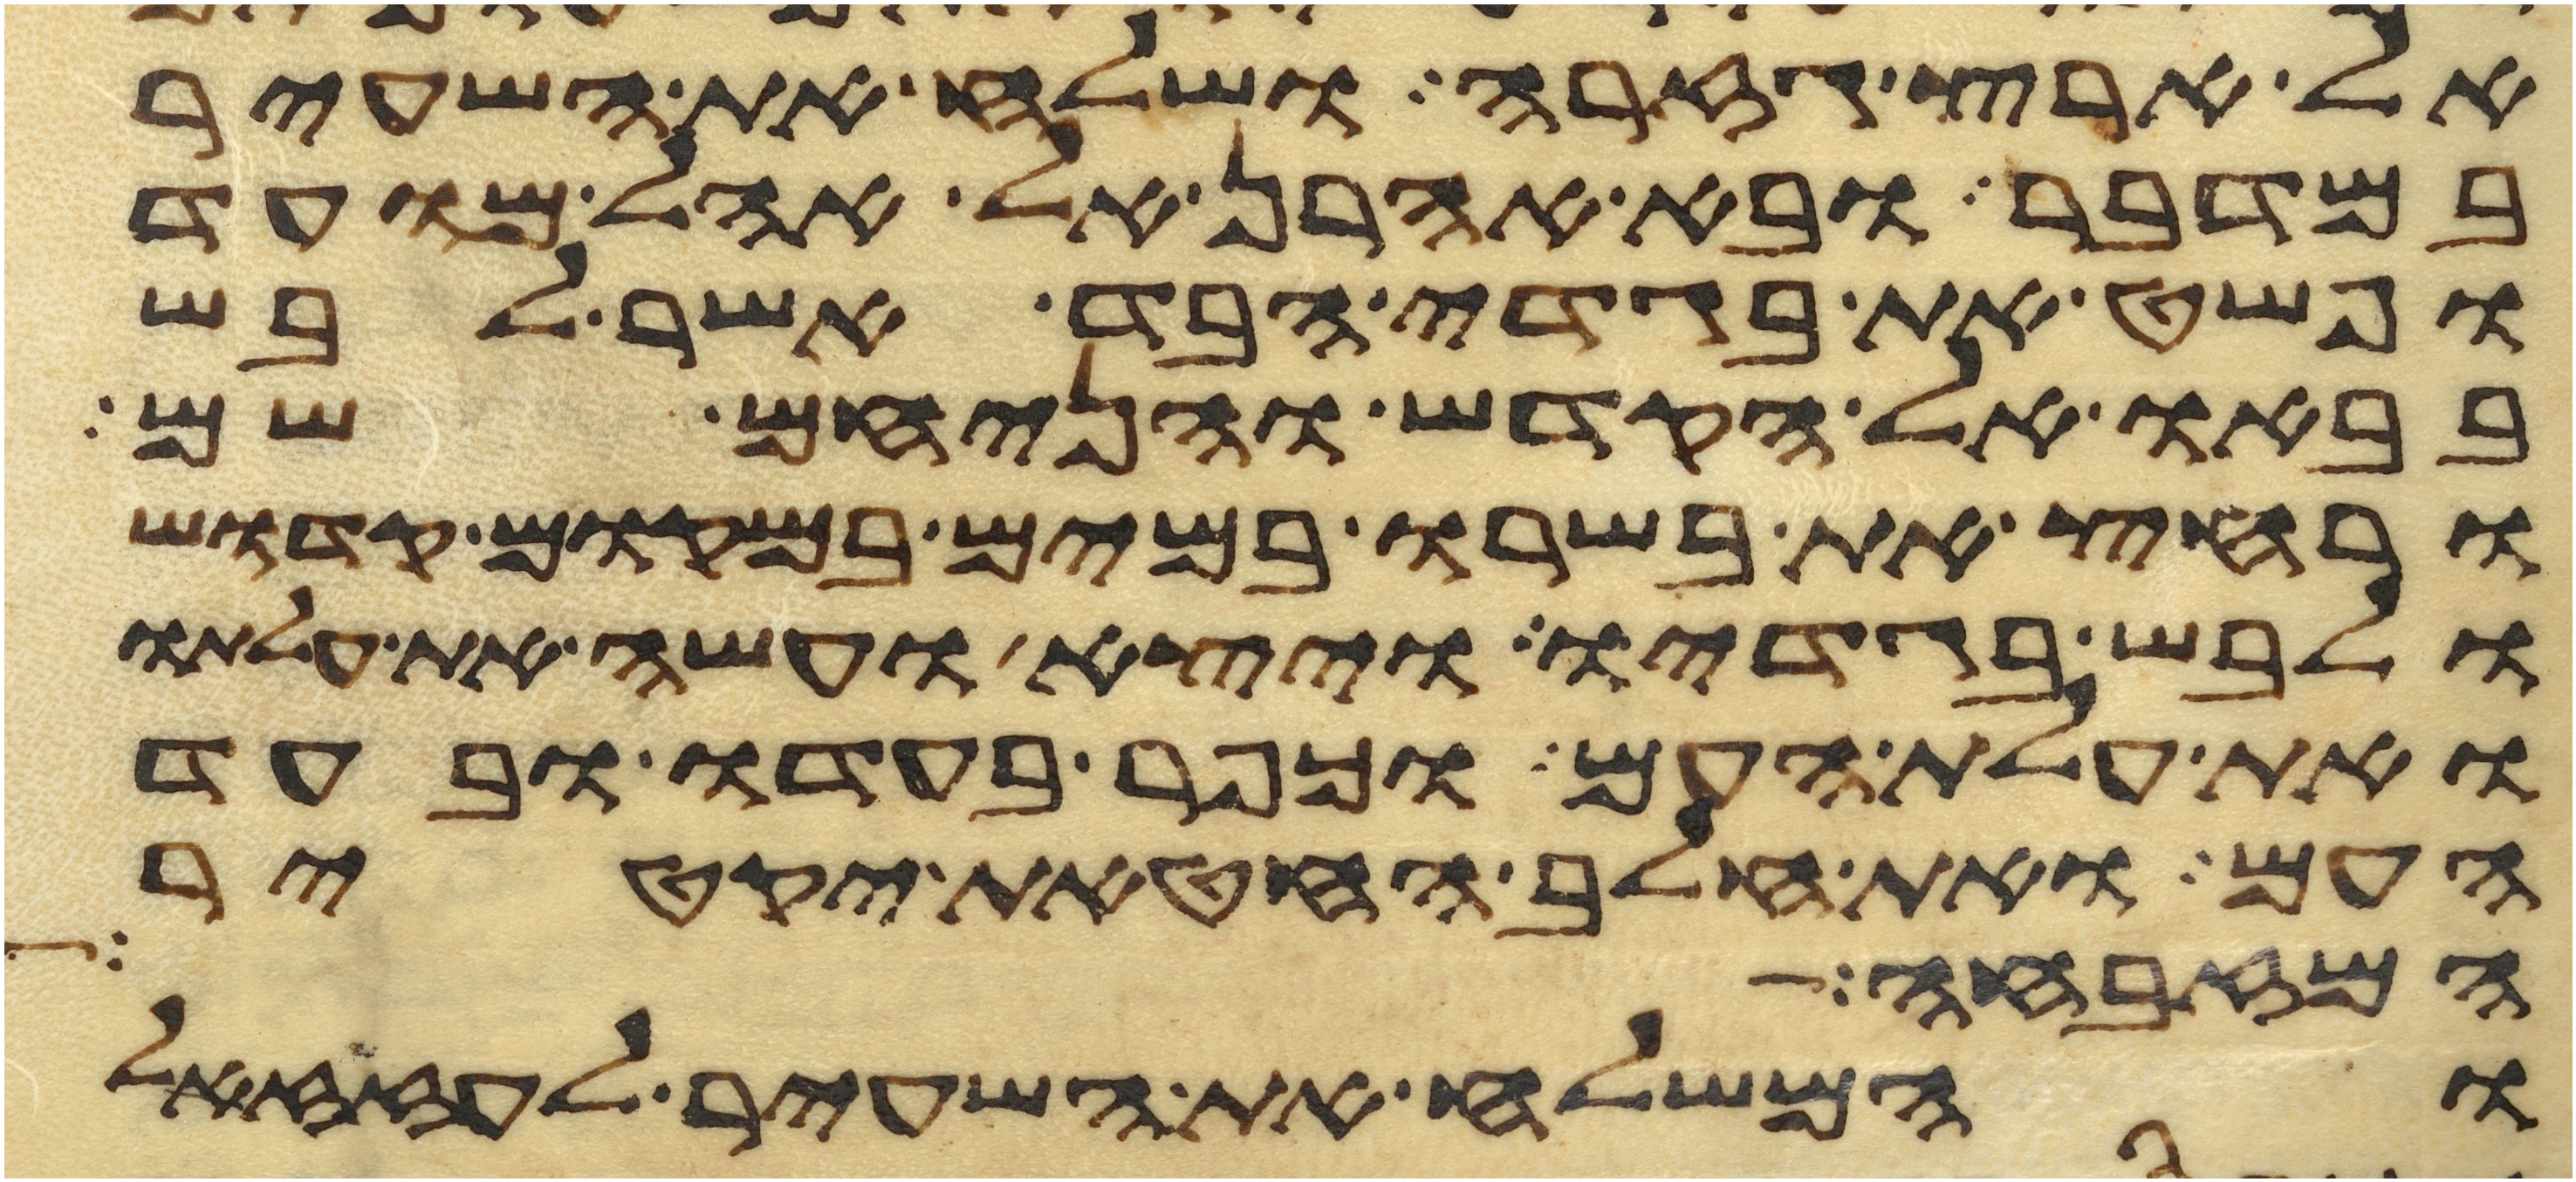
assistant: אל ארץ גזרה ושלח את השעיר
במדבר ובא אהרן אל אהל מועד
ופשט את בגדי הבד אשר לבש
בבאו אל הקדש והניחם שם
ורחץ את בשרו במים במקום קדוש
ולבש בגדיו ויצא ועשה את עלתו
ואת עלת העם וכפר בעדו ובעד
העם ואת חלב החטאת יקטיר
המזבחה
והמשלח את השעיר לעזזאל